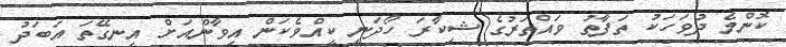
ކޮންމެ ދުވަހަކު ތަފާތު ވައްތަރުގެ ޝިކާރަ ހޯދަނީ ކީއްވެކަން އިވާންއަށް އިނގޭތަ އަބަދު